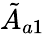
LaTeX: \tilde{A}_{a1}